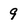
Character: 9